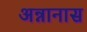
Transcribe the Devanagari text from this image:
अन्नानास